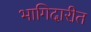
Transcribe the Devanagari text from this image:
भागिदारीत